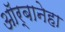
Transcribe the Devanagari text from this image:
ऑर्बानेहा